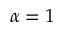
\alpha = 1